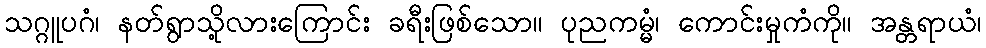
သဂ္ဂူပဂံ၊ နတ်ရွာသို့လားကြောင်း ခရီးဖြစ်သော။ ပုညကမ္မံ၊ ကောင်းမှုကံကို။ အန္တရာယံ၊